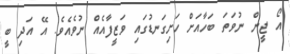
އޯ ޖީން ނުވަތަ ބަހާއަށް ހަށިގަނޑުގައި ވަޒީފާއެއް ނުވެއެވެ. އޭ އަދި ބީ